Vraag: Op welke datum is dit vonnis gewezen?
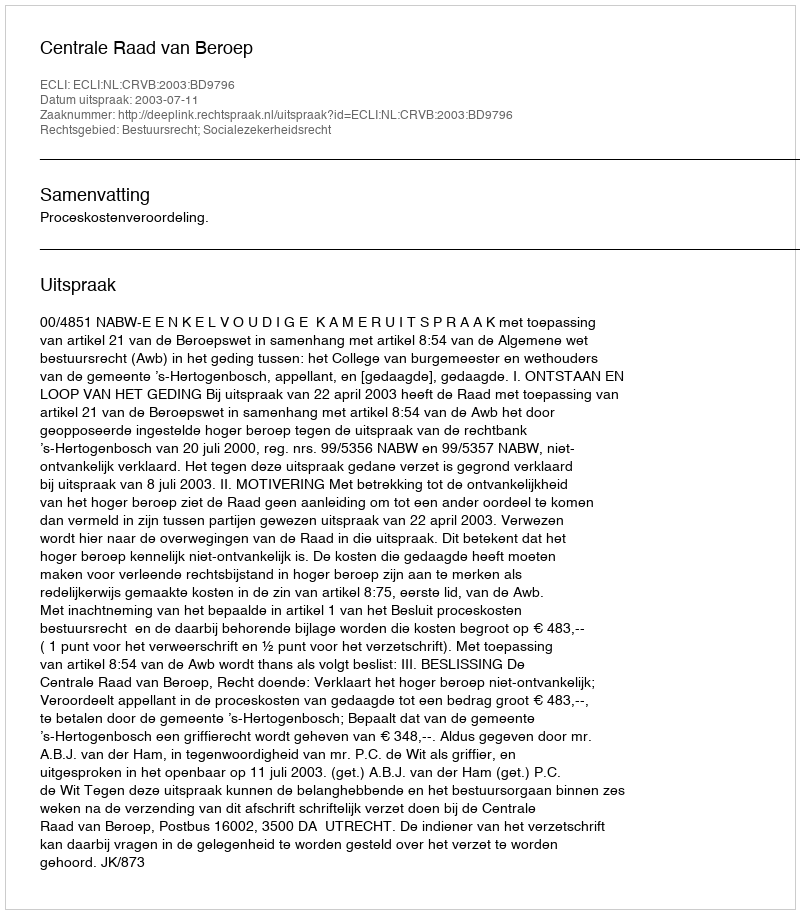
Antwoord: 2003-07-11